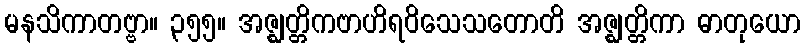
မနသိကာတဗ္ဗာ။ ၃၅၅။ အဇ္ဈတ္တိကဗာဟိရဝိသေသတောတိ အဇ္ဈတ္တိကာ ဓာတုယော